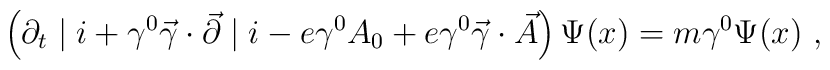
\left( \partial_t \mid i + \gamma^0 \vec{\gamma} \cdot \vec{\partial} \mid i - e \gamma^{0} A_{0} + e \gamma^0 \vec{\gamma} \cdot \vec{A}\right)\Psi (x) = m \gamma^0 \Psi(x)~,